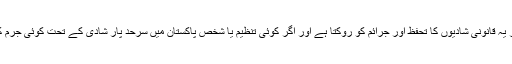
بیان میں کہا گیا کہ بیرون ملک شادیوں کے معاملے پر چین کا موقف بہت واضح ہے اور یہ قانونی شادیوں کا تحفظ اور جرائم کو روکتا ہے اور اگر کوئی تنظیم یا شخص پاکستان میں سرحد پار شادی کے تحت کوئی جرم کرتا ہے تو چین ان کے خلاف پاکستانی قوانین کے مطابق کارروائی کی حمایت کرتا ہے۔